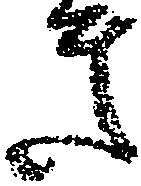
き